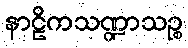
နာဠိကသဏ္ဍာသဉ္စ